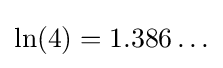
\ln(4)=1.386\ldots